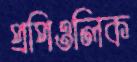
প্রপিওলিক